Medical and sanitary report of the native army of Madras for the year
Year: 1878
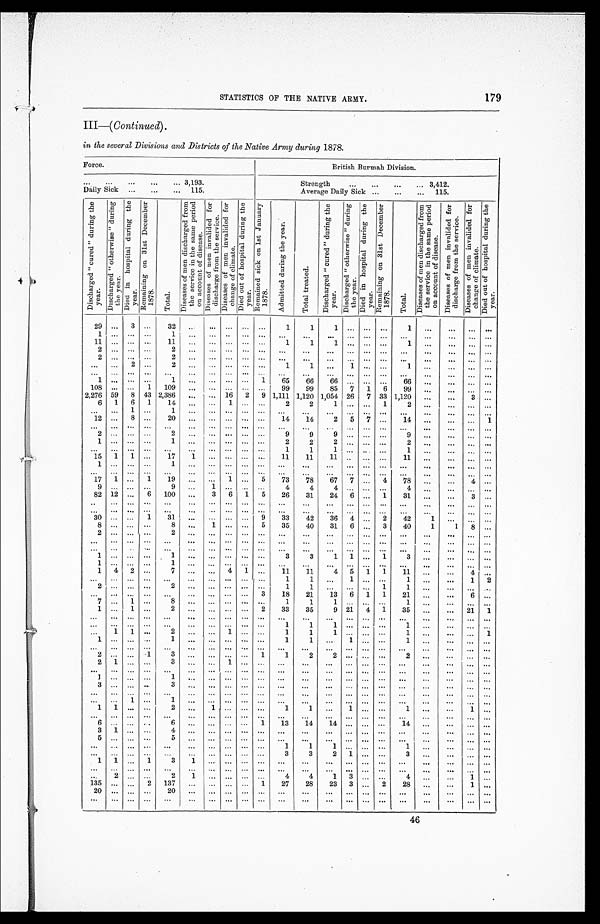
179
STATISTICS OF THE NATIVE ARMY.
III—( Continued).
in the several Divisions and Districts of the Native Army during 1878.
Force.
British Burmah Division.
. . .
3,193.
Strength. . .
3,412.
Daily Sick. . .
115.
Average Daily Sick. . .
115.
D i s c h a r g e d " c u r e d " d u r i n g t h e y e a r .
D i s c h a r g e d " o t h e r w i s e " d u r i n g t h e y e a r .
D i e d i n h o s p i t a l d u r i n g t h e y e a r .
R e m a i n i n g o n 3 1 s t D e c e m b e r 1 8 7 8 .
T o t a l .
D i s e a s e s o f m e n d i s c h a r g e d f r o m t h e s e r v i c e i n t h e s a m e p e r i o d o n a c c o u n t o f d i s e a s e .
D i s e a s e s o f m e n i n v a l i d e d f o r d i s c h a r g e f r o m t h e s e r v i c e .
D i s e a s e s o f m e n i n v a l i d e d f o r c h a n g e o f c l i m a t e .
D i e d o u t o f h o s p i t a l d u r i n g t h e y e a r .
R e m a i n e d s i c k o n 1 s t J a n u a r y 1 8 7 8 .
A d m i t t e d d u r i n g t h e y e a r .
T o t a l t r e a t e d .
D i s c h a r g e d " c u r e d " d u r i n g t h e y e a r .
D i s c h a r g e d " o t h e r w i s e " d u r i n g t h e y e a r .
Di e d i n hos pi t a l dur i ng t he ye a r .
R e m a i n i n g o n 3 1 s t D e c e m b e r 1 8 7 8 .
T o t a l .
D i s e a s e s o f m e n d i s c h a r g e d f r o m t h e s e r v i c e i n t h e s a m e p e r i o d o n a c c o u n t o f d i s e a s e .
D i s e a s e s o f m e n i n v a l i d e d f o r d i s c h a r g e f r o m t h e s e r v i c e . D i s e a s e s o f m e n i n v a l i d e d f o r c h a n g e o f c l i m a t e .
Di e d o u t o f h o s p i t a l d u r i n g t h e y e a r .
29
. . .
3
. . .
32
. . .
. . .
. . .
. . .
. . .
1
1
1
. . .
. . .
. . .
1
. . .
. . .
. . .
. . .
1
. . .
. . .
. . .
1
. . .
. . .
. . .
. . . . . .
. . .
. . .
. . .
. . .
. . .
. . .
. . .
. . .
. . .
. . .
. . .
11
. . .
. . .
. . .
11
. . .
. . .
. . .
. . . . . .
1
1
1
. . .
. . .
. . .
1
. . .
. . .
. . .
. . .
2
. . .
. . .
. . .
2
. . .
. . .
. . .
. . .
. . .
. . .
. . .
. . .
. . .
. . .. . .
. . .
. . .
. . .
. . .
. . .
2
. . .
. . .
. . .
2
. . .
. . .
. . .
. . .
. . .
. . .
. . .
. . .
. . .
. . .
. . .
. . .
. . .
. . .
. . .
. . .
. . .
. . .
2
. . .
2
. . . . . .
. . .
. . . . . .
1
1
. . .
1
. . .
. . .
1
. . .
. . .
. . .
. . .
. . .
. . .
. . .
. . .
. . .
. . .
. . .
. . .
. . .
. . .
. . .
. . .
. . .
. . .
. . .
. . .
. . .
. . .
. . .
. . .
. . .
1
. . .
. . .
. . .
1
. . .
. . .
. . .
. . .
1
65
66
66
. . .
. . .
. . .
66
. . .
. . .
. . .
. . .
108
. . .
. . .
1
109
. . .
. . .
. . .
. . .
. . .
99
99
85
7
1
6
99
. . .
. . .
. . .
. . .
2,276
59
8
43 2,386
. . .
. . .
16
2
9 1,111 1,120 1,054
26
7
33 1,120
. . .
. . .
3
. . .
6
1
6
1
1 4 . . .
. . . 1
. . .
. . .
2
2
1
. . .
. . . 1
2
. . .
. . .
. . .
. . .
. . .
. . .
1
. . .
1
. . .
. . .
. . .
. . .
. . . . . .
. . .
. . .
. . .
. . .
. . .
. . .
. . .
. . .
. . .
. . .
12
. . .
8
. . .
20
. . .
. . .
. . .
. . .
. . .
14
14
2
5
7
. . .
14
. . .
. . .
. . .
1
. . .
. . .
. . .
. . .
. . .
. . .
. . .
. . .
. . .
. . .
. . .
. . .
. . .
. . .
. . .
. . .
. . .
. . .
. . .
. . .
. . .
2
. . .
. . .
. . .
2
. . .
. . .
. . .
. . .
. . .
9
9
9
. . .
. . .
. . .
9
. . .
. . .
. . .
. . .
1
. . .
. . .
. . .
1
. . .
. . .
. . .
. . .
. . .
2
2
2
. . .
. . .
. . .
2
. . .
. . .
. . .
. . .
. . .
. . .
. . .
. . .
. . .
. . .
. . .
. . .
. . .
. . .
1
1
1
. . .
. . .
. . .
1
. . .
. . .
. . .
. . .
15
1
1
. . .
17
1
. . .
. . .
. . .
. . .
11
11
1 1
. . .
. . .
. . .
11
. . .
. . .
. . .
. . .
1
. . .
. . .
. . .
1
. . .
. . .
. . .
. . .
. . .
. . .
. . .
. . .
. . .
. . .
. . .
. . .
. . .
. . .
. . .
. . .
. . .
. . .
. . .
. . .
. . .
. . .
. . .
. . .
. . .
. . .
. . .
. . .
. . .
. . .
. . .
. . .
. . .
. . .
. . .
. . .
. . .
17
1
. . .
1
19
. . .
. . .
1
. . .
5
73
78
67
7
. . .
4
78
. . .
. . .
4
. . .
9
. . .
. . .
. . .
9
. . .
1
. . .
. . .
. . .
4
4
4
. . .
. . .
. . .
4
. . .
. . .
. . .
. . .
82
12
. . .
6
100
. . .
3
6
1
5
26
31
24
6
. . .
1
31
. . .
. . .
3
. . .
. . .
. . .
. . .
. . .
. . .
. . . . . .
. . .
. . .
. . .
. . .
. . .
. . .
. . .
. . .
. . .
. . .
. . .
. . .
. . .
. . .
. . .
. . .
. . .
. . . . . .
. . .
. . .
. . .
. . .
. . .
. . .
. . .
. . .
. . .
. . .
. . .
. . .
. . .
. . .
. . .
. . .
3 0
. . .
. . . 1
31
. . .
. . .
. . .
. . .
9
33
42
36
4
. . .
2
42
1
. . . . . .
. . .
8
. . .
. . .
. . .
8
. . .
1
. . .
. . .
5
35
40
31
6
. . .
3
40
1
1
8
. . .
2
. . .
. . .
. . .
2
. . .
. . .
. . .
. . .
. . .
. . .
. . .
. . .
. . .
. . .
. . .
. . .
. . .
. . .
. . .
. . .
. . .
. . .
. . .
. . .
. . .
. . .
. . .
. . .
. . .
. . .
. . .
. . .
. . .
. . .
. . .
. . .
. . .
. . .
. . .
. . .
. . .
. . .
. . .
. . .
. . .
. . .
. . .
. . .
. . .
. . .
. . .
. . .
. . .
. . .
. . .
. . .
. . .
. . .
. . .
. . .
. . .
. . .
1
. . .
. . .
. . .
1
. . .
. . .
. . .
. . .
. . .
3
3
1
1
. . .
1
3
. . .
. . .
. . .
. . .
1
. . .
. . .
. . .
1
. . .
. . .
. . .
. . .
. . .
. . .
. . .
. . .
. . .
. . .
. . .
. . .
. . .
. . . . . .
. . .
1
4
2
. . .
7
. . .
. . .
4
1
. . .
11
11
4
5
1
1
11
. . .
. . .
4
. . .
. . .
. . .
. . .
. . .
. . .
. . .
. . .
. . .
. . .
. . .
1
1 . . .
1
. . .
. . .
1
. . .
. . .
1
2
2
. . .
. . .
. . .
2
. . .
. . .
. . .
. . .
. . .
1
1 . . .
. . .
. . .
1
1
. . .
. . .
. . .
. . .
. . .
. . .
. . .
. . .
. . .
. . .
. . .
. . .
. . .
3
18
21
13
6
1
1
21
. . .
. . .
6
. . .
. . .
. . .
1
. . .
8
. . .
. . .
. . .
. . .
. . .
1
1
1
. . .
. . .
. . .
1
. . .
. . .
. . .
. . .
1
. . .
1
. . .
2
. . .
. . .
. . .
. . .
2
33
35
9
21
4
1
35
. . .
. . .
21
1
. . .
. . .
. . .
. . .
. . .
. . .
. . .
. . .
. . .
. . .
. . .
. . .
. . .
. . .
. . .
. . .
. . .
. . .
. . .
. . .
. . .
. . .
. . .
. . .
. . .
. . .
. . .
. . .
. . . . . .
. . .
1
1
1
. . .
. . .
. . .
1
. . .
. . .
. . .
. . .
. . .
1
1
. . .
2
. . .
. . .
. . . . . .
. . .
1
1
1
. . .
. . .
. . .1
. . .
. . .
. . .
1
1
. . .
. . .
. . .
1
. . .
. . .
1
. . .
. . .
1
1
. . .
1
. . .
. . .1
. . .
. . .
. . .
. . .
. . .
. . .
. . .
. . .
. . .
. . .
. . .
. . .
. . .
. . .
. . .
. . .
. . .
. . .
. . .
. . .
. . .
. . .
. . .
. . .
. . .
2
. . .
. . .
1
3
. . .
. . .
. . .
. . .
1
1
2
2
. . .
. . .
. . .
2
. . .
. . .
. . .
. . .
2
1
. . .
. . .
3
. . .
. . .
1
. . .
. . .
. . .
. . .
. . .
. . . . . .
. . .
. . .
. . .
. . .
. . .
. . .
. . .
. . .
. . .
. . .
. . .
. . .
. . .
. . .
. . .
. . .
. . .
. . .
. . .
. . .
. . .
. . .
. . .
. . .
. . .
. . .
. . .
1
. . .
. . .
. . .
1
. . .
. . .
. . .
. . .
. . .
. . .
. . .
. . .
. . .
. . .
. . .
. . .
. . .
. . .
. . .
. . .
3
. . .
. . .
. . .
3
. . .
. . .
. . .
. . .
. . .
. . .
. . .
. . .
. . . . . .
. . .
. . .
. . .
. . .
. . .
. . .
. . .
. . .
. . .
. . .
. . .
. . .
. . .
. . .
. . .
. . .
. . .
. . .
. . .
. . .
. . .
. . .
. . .
. . .
. . .
. . .
. . .
. . .
. . .
1
. . .
1
. . .
. . .
. . .
. . .
. . .
. . .
. . .
. . .
. . .
. . .
. . .
. . .
. . .
. . .
. . .
. . .
1
1
. . .
. . .
2
. . .
1
. . .
. . .
. . .
1
1
. . .
1
. . .
. . .
1
. . .
. . .
1
. . .
. . .
. . .
. . .
. . .
. . .
. . .
. . .
. . .
. . .
. . .
. . .
. . .
. . .
. . .
. . .
. . . . . .
. . .
. . .
. . .
. . .
6
. . .
. . .
. . .
6
. . .
. . .
. . .
. . .
1
13
14
14
. . .
. . .
. . .
14
. . .
. . .
. . .
. . .
3
1
. . .
. . .
4
. . .
. . .
. . .
. . .
. . .
. . .
. . .
. . .
. . .
. . .
. . .
. . .
. . .
. . .
. . .
. . .
5
. . .
. . .
. . .
5
. . .
. . .
. . .
. . .
. . .
. . .
. . .
. . .
. . .
. . .
. . .
. . .
. . .
. . .
. . .
. . .
. . .
. . .
. . .
. . .
. . .
. . .
. . .
. . .
. . .
. . .
1
1
1
. . .
. . .
. . .
1
. . .
. . .
. . .
. . .
. . .
. . .
. . .
. . .
. . .
. . .
. . .
. . .
. . .
. . .
3
3 2
1
. . .
. . .
3
. . .
. . .
. . .
. . .
1
1
. . .
1
3
1
. . .
. . .
. . .
. . .
. . .
. . .
. . .
. . .
. . .
. . .
. . .
. . .
. . .
. . .
. . .
. . .
. . .
. . .
. . .
. . .
. . .
. . .
. . .
. . .
. . .
. . .
. . .
. . .
. . .
. . .
. . .
. . .
. . .
. . .
. . .
. . .
. . .
2
. . .
. . .
2
1
. . .
. . .
. . .
. . .
4
4
1
3
. . .
. . .
4
. . .
. . .
1
. . .
135
. . .
. . .
2
137
. . .
. . .
. . .
. . .
1
27
28
23
3
. . .
2
28
. . .
. . .
1
. . .
20
. . .
. . .
. . .
20
. . .
. . .
. . .
. . .
. . .
. . .
. . .
. . .
. . .
. . .
. . .
. . .
. . .
. . .
. . .
. . .
. . .
. . .
. . .
. . .
. . .
. . .
. . .
. . .
. . .
. . .
. . .
. . .
. . .
. . .
. . .
. . .
. . .
. . .
. . .
. . .
. . .
46